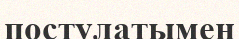
постулатымен